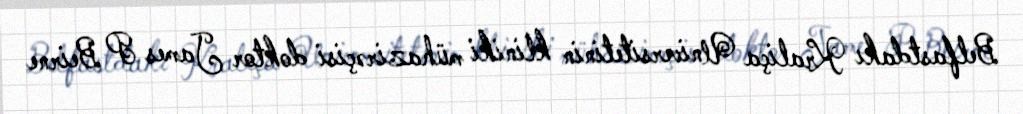
Belfastdakı Kraliça Universitetinin kliniki mühazirəçisi doktor James P Beirne